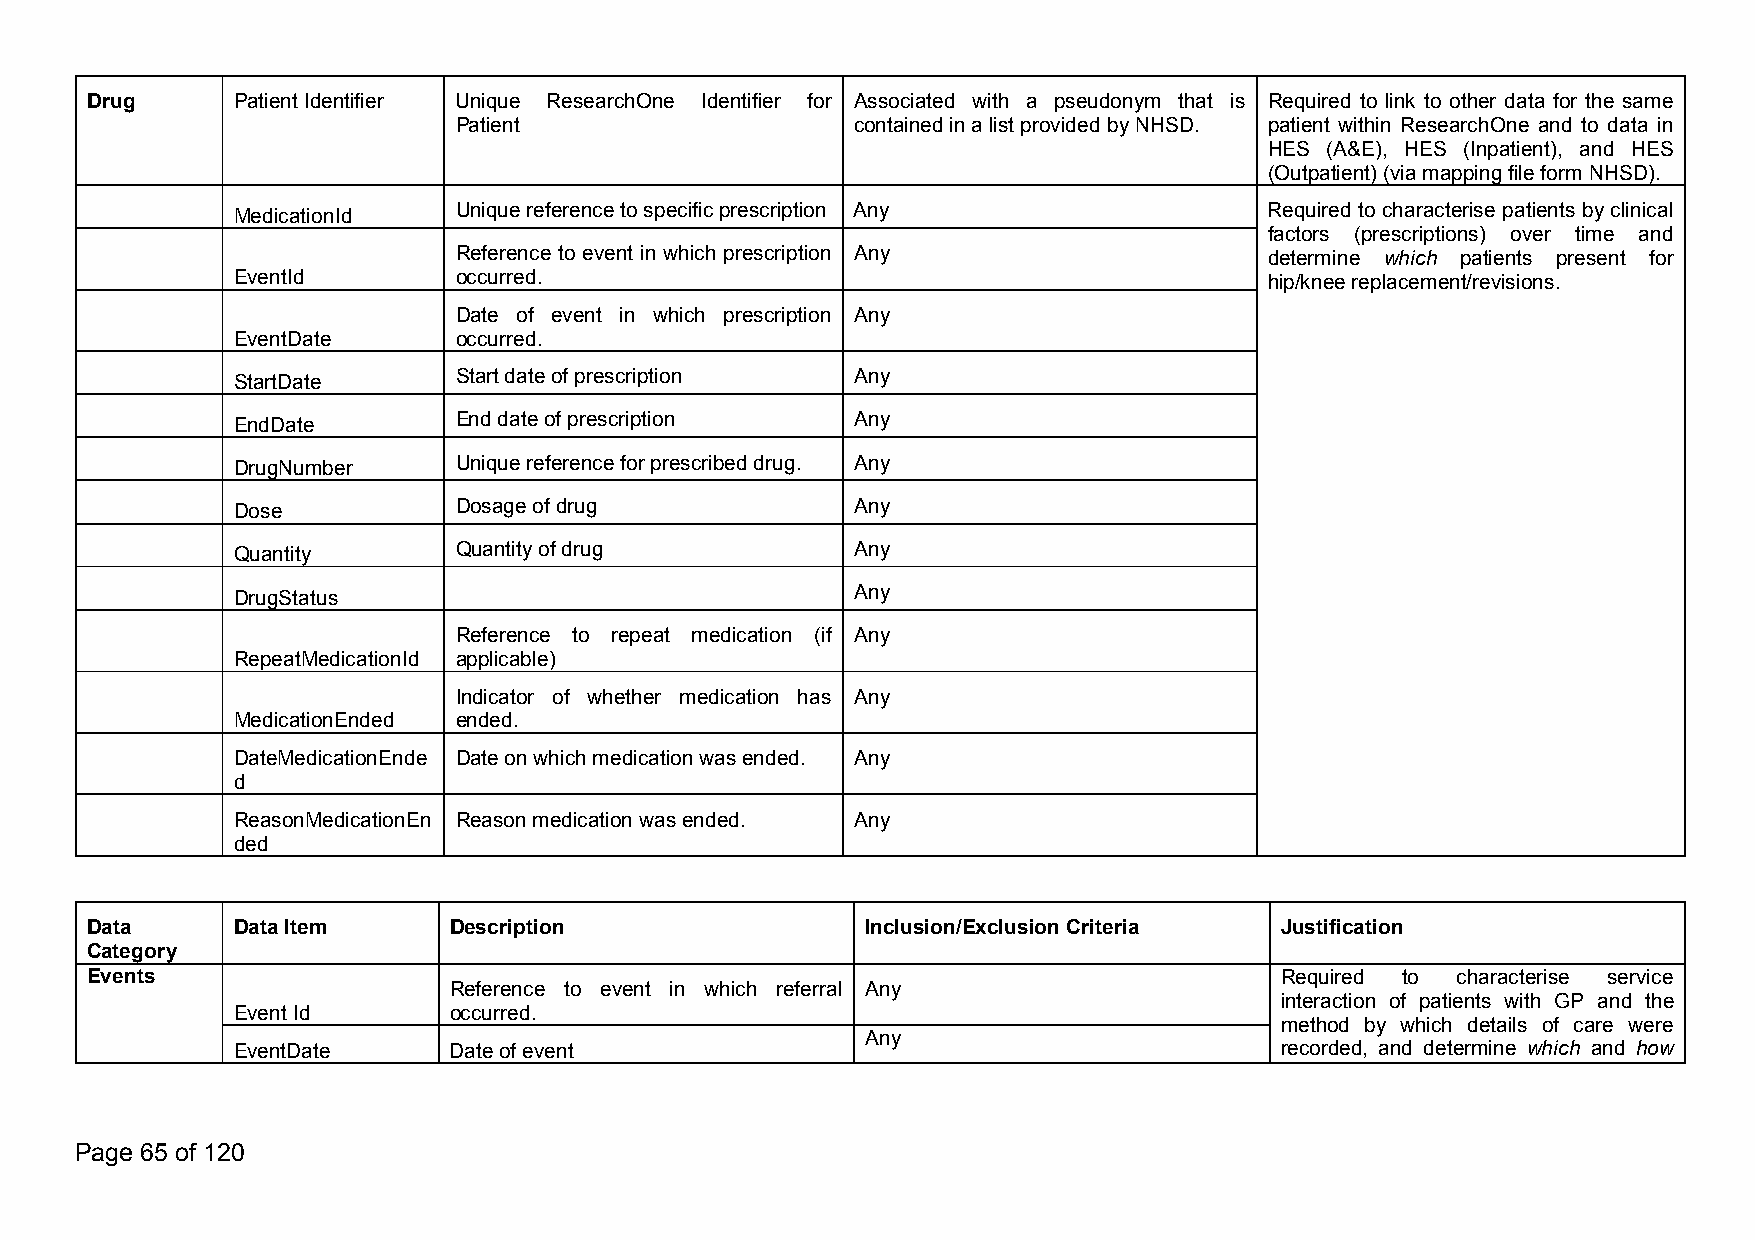
Drug     PatientIdentifier Unique ResearchOne Identifier for Associated with a pseudonym that is Required to link to other data for the same
 Patient                    containedinalistprovidedbyNHSD. patient within ResearchOne and to data in
 HES (A&E), HES (Inpatient), and HES
 (Outpatient)(viamappingfileformNHSD).
 MedicationId   Uniquereferencetospecificprescription Any             Required to characterise patients byclinical
 factors (prescriptions) over time and
 Reference to event in which prescription Any          determine which patients present for
 EventId        occurred.                                             hip/kneereplacement/revisions.
 Date of event in which prescription Any
 EventDate      occurred.
 StartDate      Startdateofprescription    Any
 EndDate        Enddateofprescription      Any
 DrugNumber     Uniquereferenceforprescribeddrug. Any
 Dose           Dosageofdrug               Any
 Quantity       Quantityofdrug             Any
 DrugStatus                                Any
 Reference to repeat medication (if Any
 RepeatMedicationId applicable)
 Indicator of whether medication has Any
 MedicationEnded ended.
 DateMedicationEnde Dateonwhichmedicationwasended. Any
 d
 ReasonMedicationEn Reasonmedicationwasended. Any
 ded
 Data     DataItem       Description                Inclusion/ExclusionCriteria Justification
 Category
 Events                                                                         Required to characterise service
 Reference to event in which referral Any
 interaction of patients with GP and the
 EventId        occurred.
 method by which details of care were
 Any
 EventDate      Dateofevent                                            recorded, and determine which and how
 Page 65 of 120